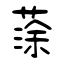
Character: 蒤